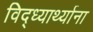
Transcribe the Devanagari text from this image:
विद्ध्यार्थ्याना